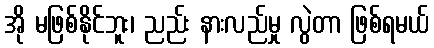
အို မဖြစ်နိုင်ဘူး၊ ညည်း နားလည်မှု လွဲတာ ဖြစ်ရမယ်